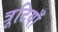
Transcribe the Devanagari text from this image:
त्रूटियाँ